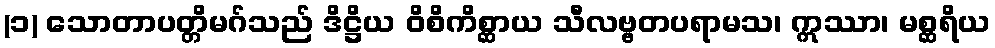
(၁) သောတာပတ္တိမဂ်သည် ဒိဋ္ဌိယ ဝိစိကိစ္ဆာယ သီလဗ္ဗတပရာမသ၊ ဣဿာ၊ မစ္ဆရိယ